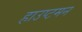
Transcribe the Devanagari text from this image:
हाउप्टमन